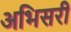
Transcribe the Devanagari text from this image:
अभिसरी